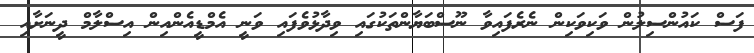
ފަސް ކައުންސިލުން ވަކިވަކިން ނެރެފައިވާ ނޫސްބަޔާންތަކުގައި ވިދާޅުވެފައި ވަނީ އެމްޑީއެންއިން އިސްލާމް ދީނަށާއި